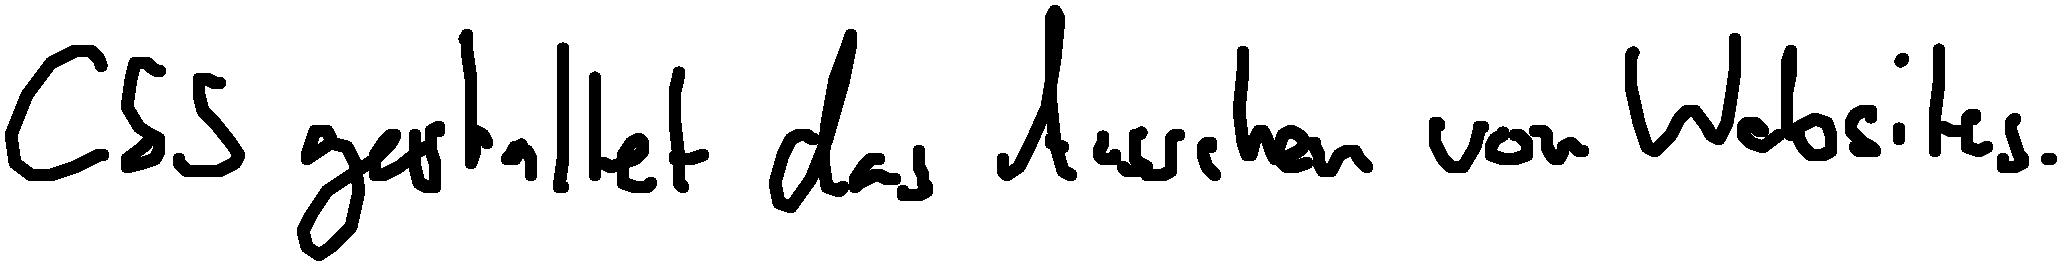
CSS gestaltet das Aussehen von Websites.